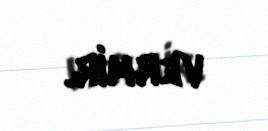
vermir.